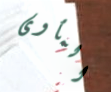
المأوى